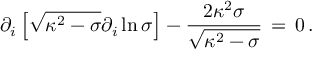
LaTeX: \partial _ { i } \left[ \sqrt { \kappa ^ { 2 } - \sigma } \partial _ { i } \ln { \sigma } \right] - { \frac { 2 \kappa ^ { 2 } \sigma } { \sqrt { \kappa ^ { 2 } - \sigma } } } \, = \, 0 \, .